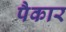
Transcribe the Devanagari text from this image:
पैकार